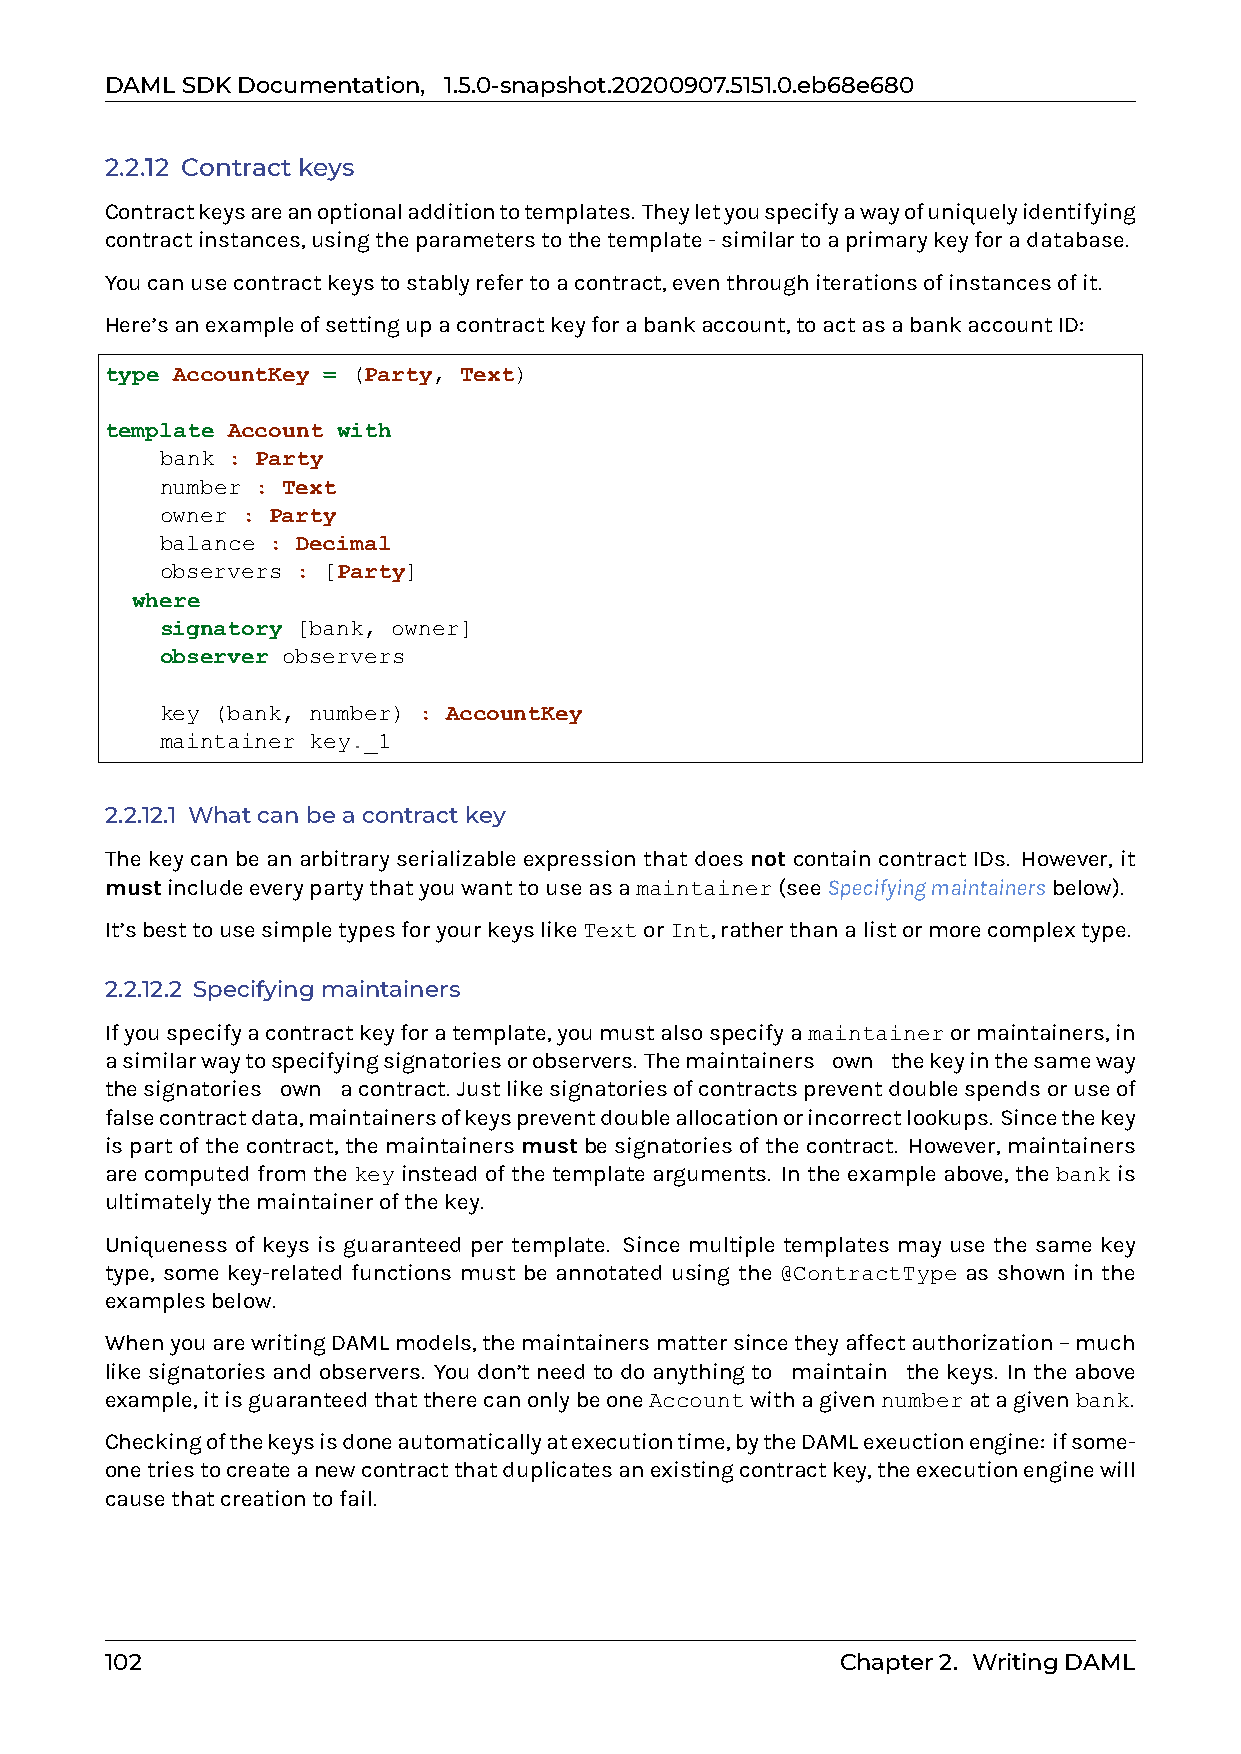
DAMLSDKDocumentation, 1.5.0-snapshot.20200907.5151.0.eb68e680
 2.2.12 Contract keys
 Contractkeysareanoptionaladditiontotemplates. Theyletyouspecifyawayofuniquelyidentifying
 contractinstances,usingtheparameterstothetemplate-similartoaprimarykeyforadatabase.
 Youcanusecontractkeystostablyrefertoacontract,eventhroughiterationsofinstancesofit.
 Here’sanexampleofsettingupacontractkeyforabankaccount,toactasabankaccountID:
 type AccountKey = (Party, Text)
 template Account with
 bank : Party
 number : Text
 owner : Party
 balance : Decimal
 observers : [Party]
 where
 signatory [bank, owner]
 observer observers
 key (bank, number) : AccountKey
 maintainer key._1
 2.2.12.1 Whatcanbeacontractkey
 The key can be an arbitrary serializable expression that does not contain contract IDs. However, it
 mustincludeeverypartythatyouwanttouseasamaintainer(seeSpecifyingmaintainersbelow).
 It’sbesttousesimpletypesforyourkeyslikeTextorInt,ratherthanalistormorecomplextype.
 2.2.12.2 Specifyingmaintainers
 Ifyouspecifyacontractkeyforatemplate,youmustalsospecifyamaintainerormaintainers,in
 asimilarwaytospecifyingsignatoriesorobservers. Themaintainers0own0thekeyinthesameway
 thesignatories0own0acontract. Justlikesignatoriesofcontractspreventdoublespendsoruseof
 falsecontractdata,maintainersofkeyspreventdoubleallocationorincorrectlookups. Sincethekey
 ispartofthecontract, the maintainers must besignatoriesofthecontract. However, maintainers
 arecomputedfromthekeyinsteadofthetemplatearguments. Intheexampleabove, thebankis
 ultimatelythemaintainerofthekey.
 Uniqueness of keys is guaranteed per template. Since multiple templates may use the same key
 type, some key-related functions must be annotated using the @ContractType as shown in the
 examplesbelow.
 WhenyouarewritingDAMLmodels,themaintainersmattersincetheyaffectauthorization–much
 likesignatoriesandobservers. Youdon’tneedtodoanythingto0maintain0thekeys. Intheabove
 example,itisguaranteedthattherecanonlybeoneAccountwithagivennumberatagivenbank.
 Checkingofthekeysisdoneautomaticallyatexecutiontime,bytheDAMLexeuctionengine: ifsome-
 onetriestocreateanewcontractthatduplicatesanexistingcontractkey,theexecutionenginewill
 causethatcreationtofail.
 102                                              Chapter2. WritingDAML